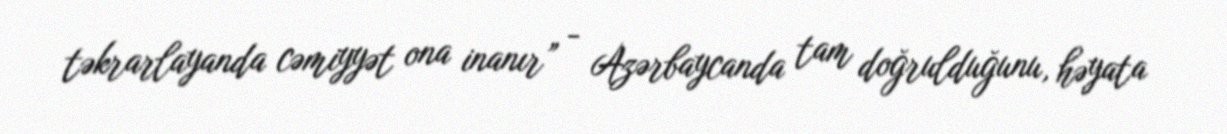
təkrarlayanda cəmiyyət ona inanır” - Azərbaycanda tam doğrulduğunu, həyata